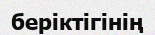
беріктігінің